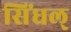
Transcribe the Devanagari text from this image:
सिंधल्